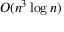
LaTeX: O ( n ^ { 3 } \log { n } )